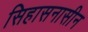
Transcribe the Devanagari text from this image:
सिहासनासीन